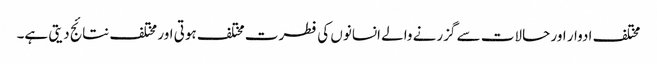
مختلف ادوار اور حالات سے گزرنے والے انسانوں کی فطرت مختلف ہوتی اور مختلف نتائج دیتی ہے۔